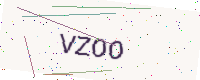
Text: VZOO